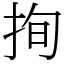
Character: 㧦